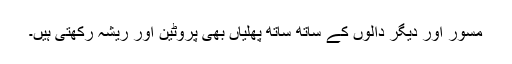
مسور اور دیگر دالوں کے ساتھ ساتھ پھلیاں بھی پروٹین اور ریشہ رکھتی ہیں۔